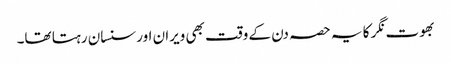
بھوت نگر کا یہ حصہ دن کے وقت بھی ویران اور سنسان رہتا تھا۔